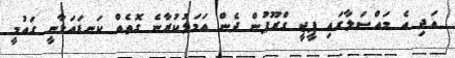
އަދި އެ މައްސަލާގައި ޕީޖީ ގްރޫޕުން ދެން އަމަލުކުރާނެ ގޮތެއް ކަނޑައަޅާނީ ގައުމީ